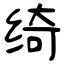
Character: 绮